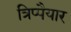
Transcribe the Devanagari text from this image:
त्रिप्पैयार